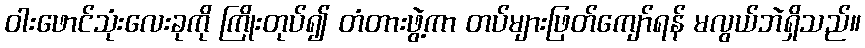
ဝါးဖောင်သုံးလေးခုကို ကြိုးတုပ်၍ တံတားဖွဲ့ကာ တပ်များဖြတ်ကျော်ရန် မလွယ်ဘဲရှိသည်။